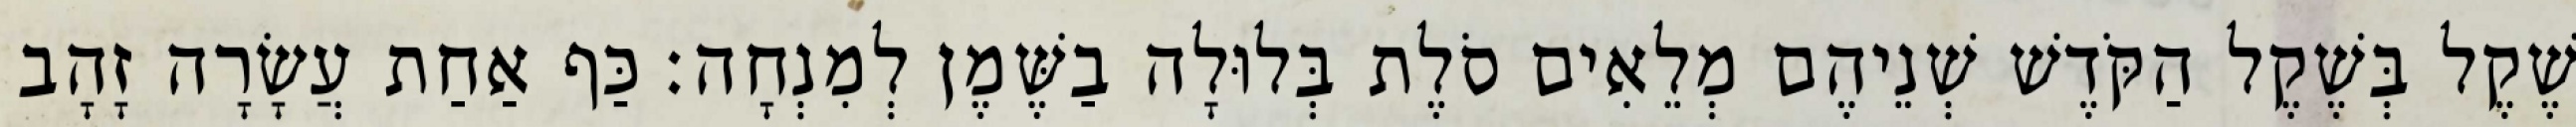
שֶׁקֶל בְּשֶׁקֶל הַקֹּדֶשׁ שְׁנֵיהֶם מְלֵאִים סֹלֶת בְּלוּלָה בַשֶּׁמֶן לְמִנְחָה׃ כַּף אַחַת עֲשָׂרָה זָהָב